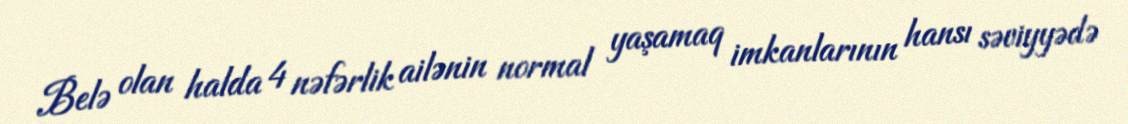
Belə olan halda 4 nəfərlik ailənin normal yaşamaq imkanlarının hansı səviyyədə